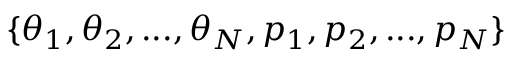
\{ \theta _ { 1 } , \theta _ { 2 } , . . . , \theta _ { N } , p _ { 1 } , p _ { 2 } , . . . , p _ { N } \}